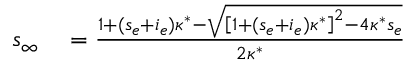
\begin{array} { r l } { s _ { \infty } } & { { } = \frac { 1 + ( s _ { e } + i _ { e } ) \kappa ^ { * } - \sqrt { \left[ 1 + ( s _ { e } + i _ { e } ) \kappa ^ { * } \right] ^ { 2 } - 4 \kappa ^ { * } s _ { e } } } { 2 \kappa ^ { * } } } \end{array}